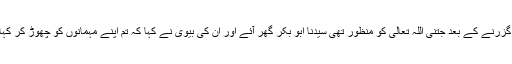
غرض بڑی رات گزرنے کے بعد جتنی اللہ تعالیٰ کو منظور تھی سیدنا ابو بکرؓ گھر آئے اور ان کی بیوی نے کہا کہ تم اپنے مہمانوں کو چھوڑ کر کہاں رہ گئے تھے ؟